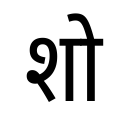
OCR:
शो